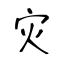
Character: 灾